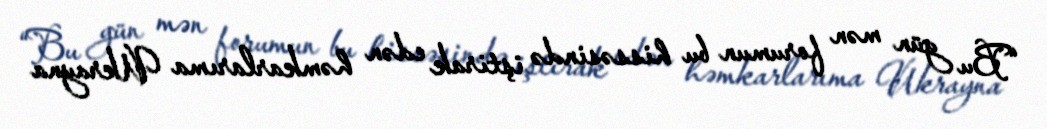
“Bu gün mən forumun bu hissəsində iştirak edən həmkarlarıma Ukrayna